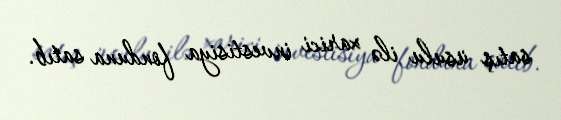
satış üsulu ilə xarici investisiya fonduna satıb.